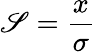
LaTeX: \mathscr{S}=\frac{{x}}{{\sigma}}